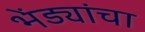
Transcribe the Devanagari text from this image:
भेंड्यांचा